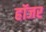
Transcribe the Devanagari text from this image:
हॉजर